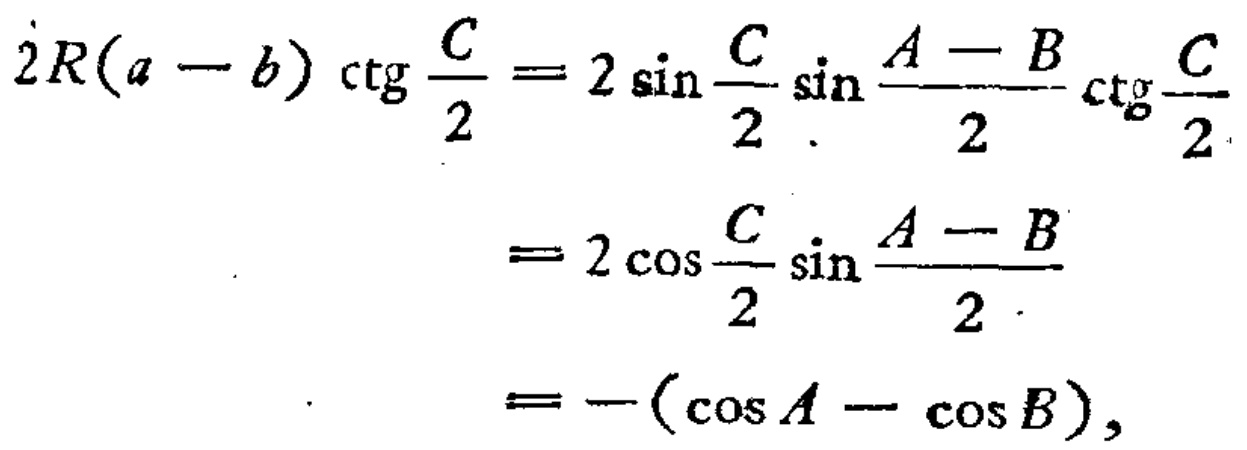
\[
\begin{align*}
2R(a - b)\ctg\frac{C}{2}&=2\sin\frac{C}{2}\sin\frac{A - B}{2}\ctg\frac{C}{2}\\
&=2\cos\frac{C}{2}\sin\frac{A - B}{2}\\
&=-(\cos A - \cos B),
\end{align*}
\]